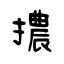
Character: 擃